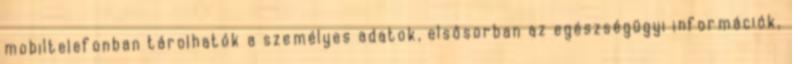
mobiltelefonban tárolhatók a személyes adatok, elsősorban az egészségügyi információk,